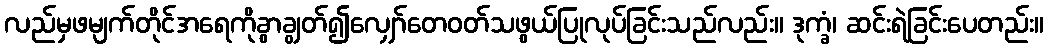
လည်မှဖမျက်တိုင်အရေကိုခွာချွတ်၍လျှော်တေဝတ်သဖွယ်ပြုလုပ်ခြင်းသည်လည်း။ ဒုက္ခံ၊ ဆင်းရဲခြင်းပေတည်း။